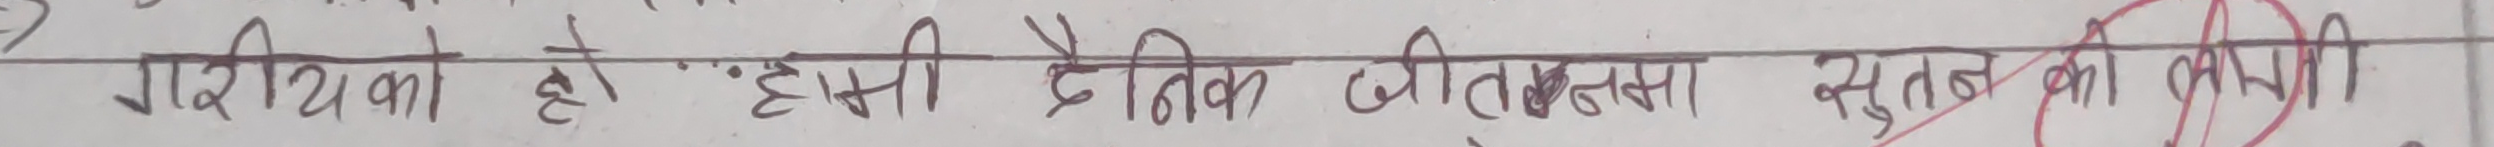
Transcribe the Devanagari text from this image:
गरीबों को ऐसी दैनिक जीवन्तता सुलभ का कमी